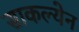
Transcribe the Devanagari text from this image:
साकल्येन